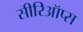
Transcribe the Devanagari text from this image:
सीरिऑप्स